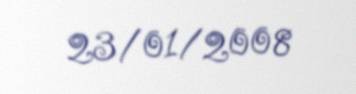
23/01/2008